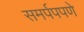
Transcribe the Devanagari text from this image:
समर्पपपणे